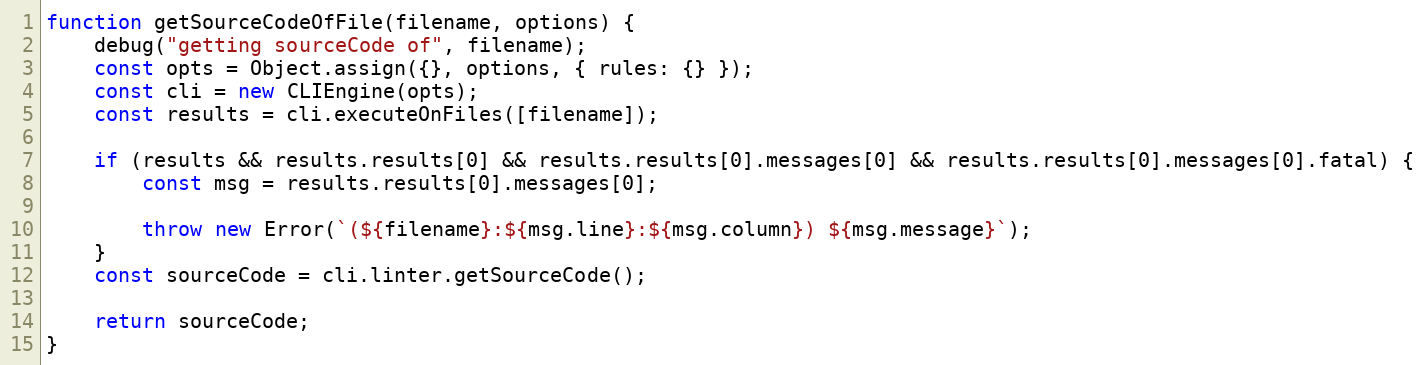
Language: JavaScript
function getSourceCodeOfFile(filename, options) {
    debug("getting sourceCode of", filename);
    const opts = Object.assign({}, options, { rules: {} });
    const cli = new CLIEngine(opts);
    const results = cli.executeOnFiles([filename]);

    if (results && results.results[0] && results.results[0].messages[0] && results.results[0].messages[0].fatal) {
        const msg = results.results[0].messages[0];

        throw new Error(`(${filename}:${msg.line}:${msg.column}) ${msg.message}`);
    }
    const sourceCode = cli.linter.getSourceCode();

    return sourceCode;
}